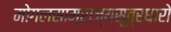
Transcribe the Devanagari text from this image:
मोगलसाम्राज्यसूत्रधारो